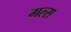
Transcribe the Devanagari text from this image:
गल्स